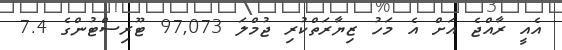
އެއީ ރާއްޖެ އަށް އެ މަހު ޒިޔާރަތްކުރި ޖުމްލަ 97